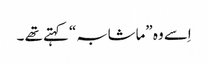
اِسے وہ ”ماشابہ“ کہتے تھے ۔